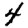
Digit: 4